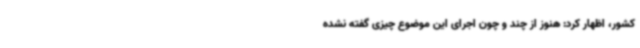
کشور، اظهار کرد: هنوز از چند و چون اجرای این موضوع چیزی گفته نشده